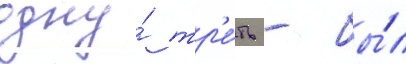
одну́ тр'е́ть - бы́л